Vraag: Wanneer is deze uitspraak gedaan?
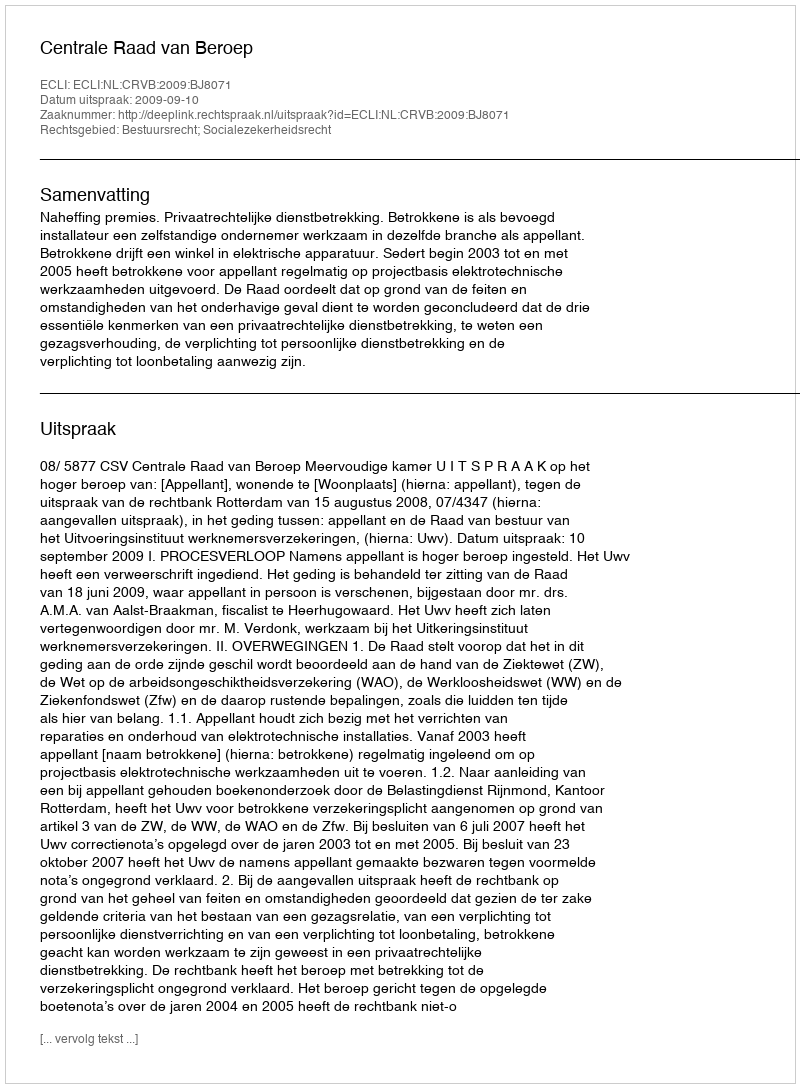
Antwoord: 2009-09-10